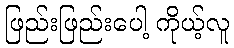
ဖြည်းဖြည်းပေါ့ ကိုယ့်လူ